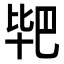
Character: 𭅣